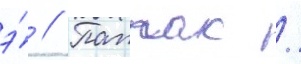
э́ // Паппас /